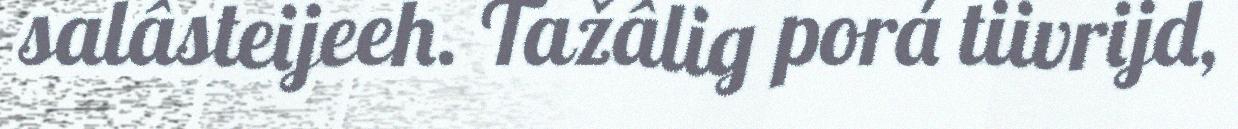
salâsteijeeh. Tažâlig porá tiivrijd,